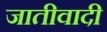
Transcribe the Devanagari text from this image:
जातीवादी